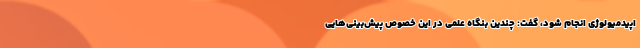
اپیدمیولوژی انجام شود، گفت: چندین بنگاه علمی در این خصوص پیش‌بینی‌هایی